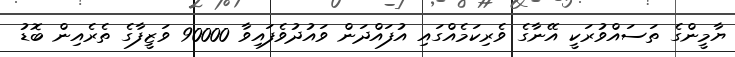
ޔާމީންގެ ތަސައްވުރަކީ އޭނާގެ ވެރިކަމެއްގައި އުފައްދަން ވައުދުވެފައިވާ 90000 ވަޒީފާގެ ތެރެއިން ބޮޑު